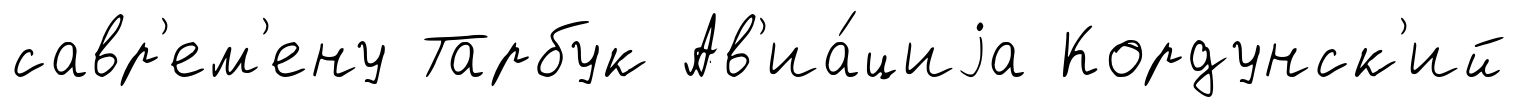
савр'ем'ену Тарбук Ав'иа́циjа Кордунск'ий